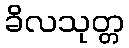
ခိလသုတ္တ